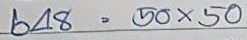
648 = 50 x 50